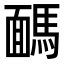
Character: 𩤤